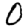
Digit: 0